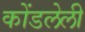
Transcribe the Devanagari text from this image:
कोंडलेली